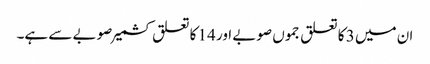
ان میں 3 کا تعلق جموں صوبے اور 14 کا تعلق کشمیر صوبے سے ہے۔